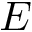
E